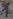
Text: 1